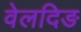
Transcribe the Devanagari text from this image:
वेलदिङ